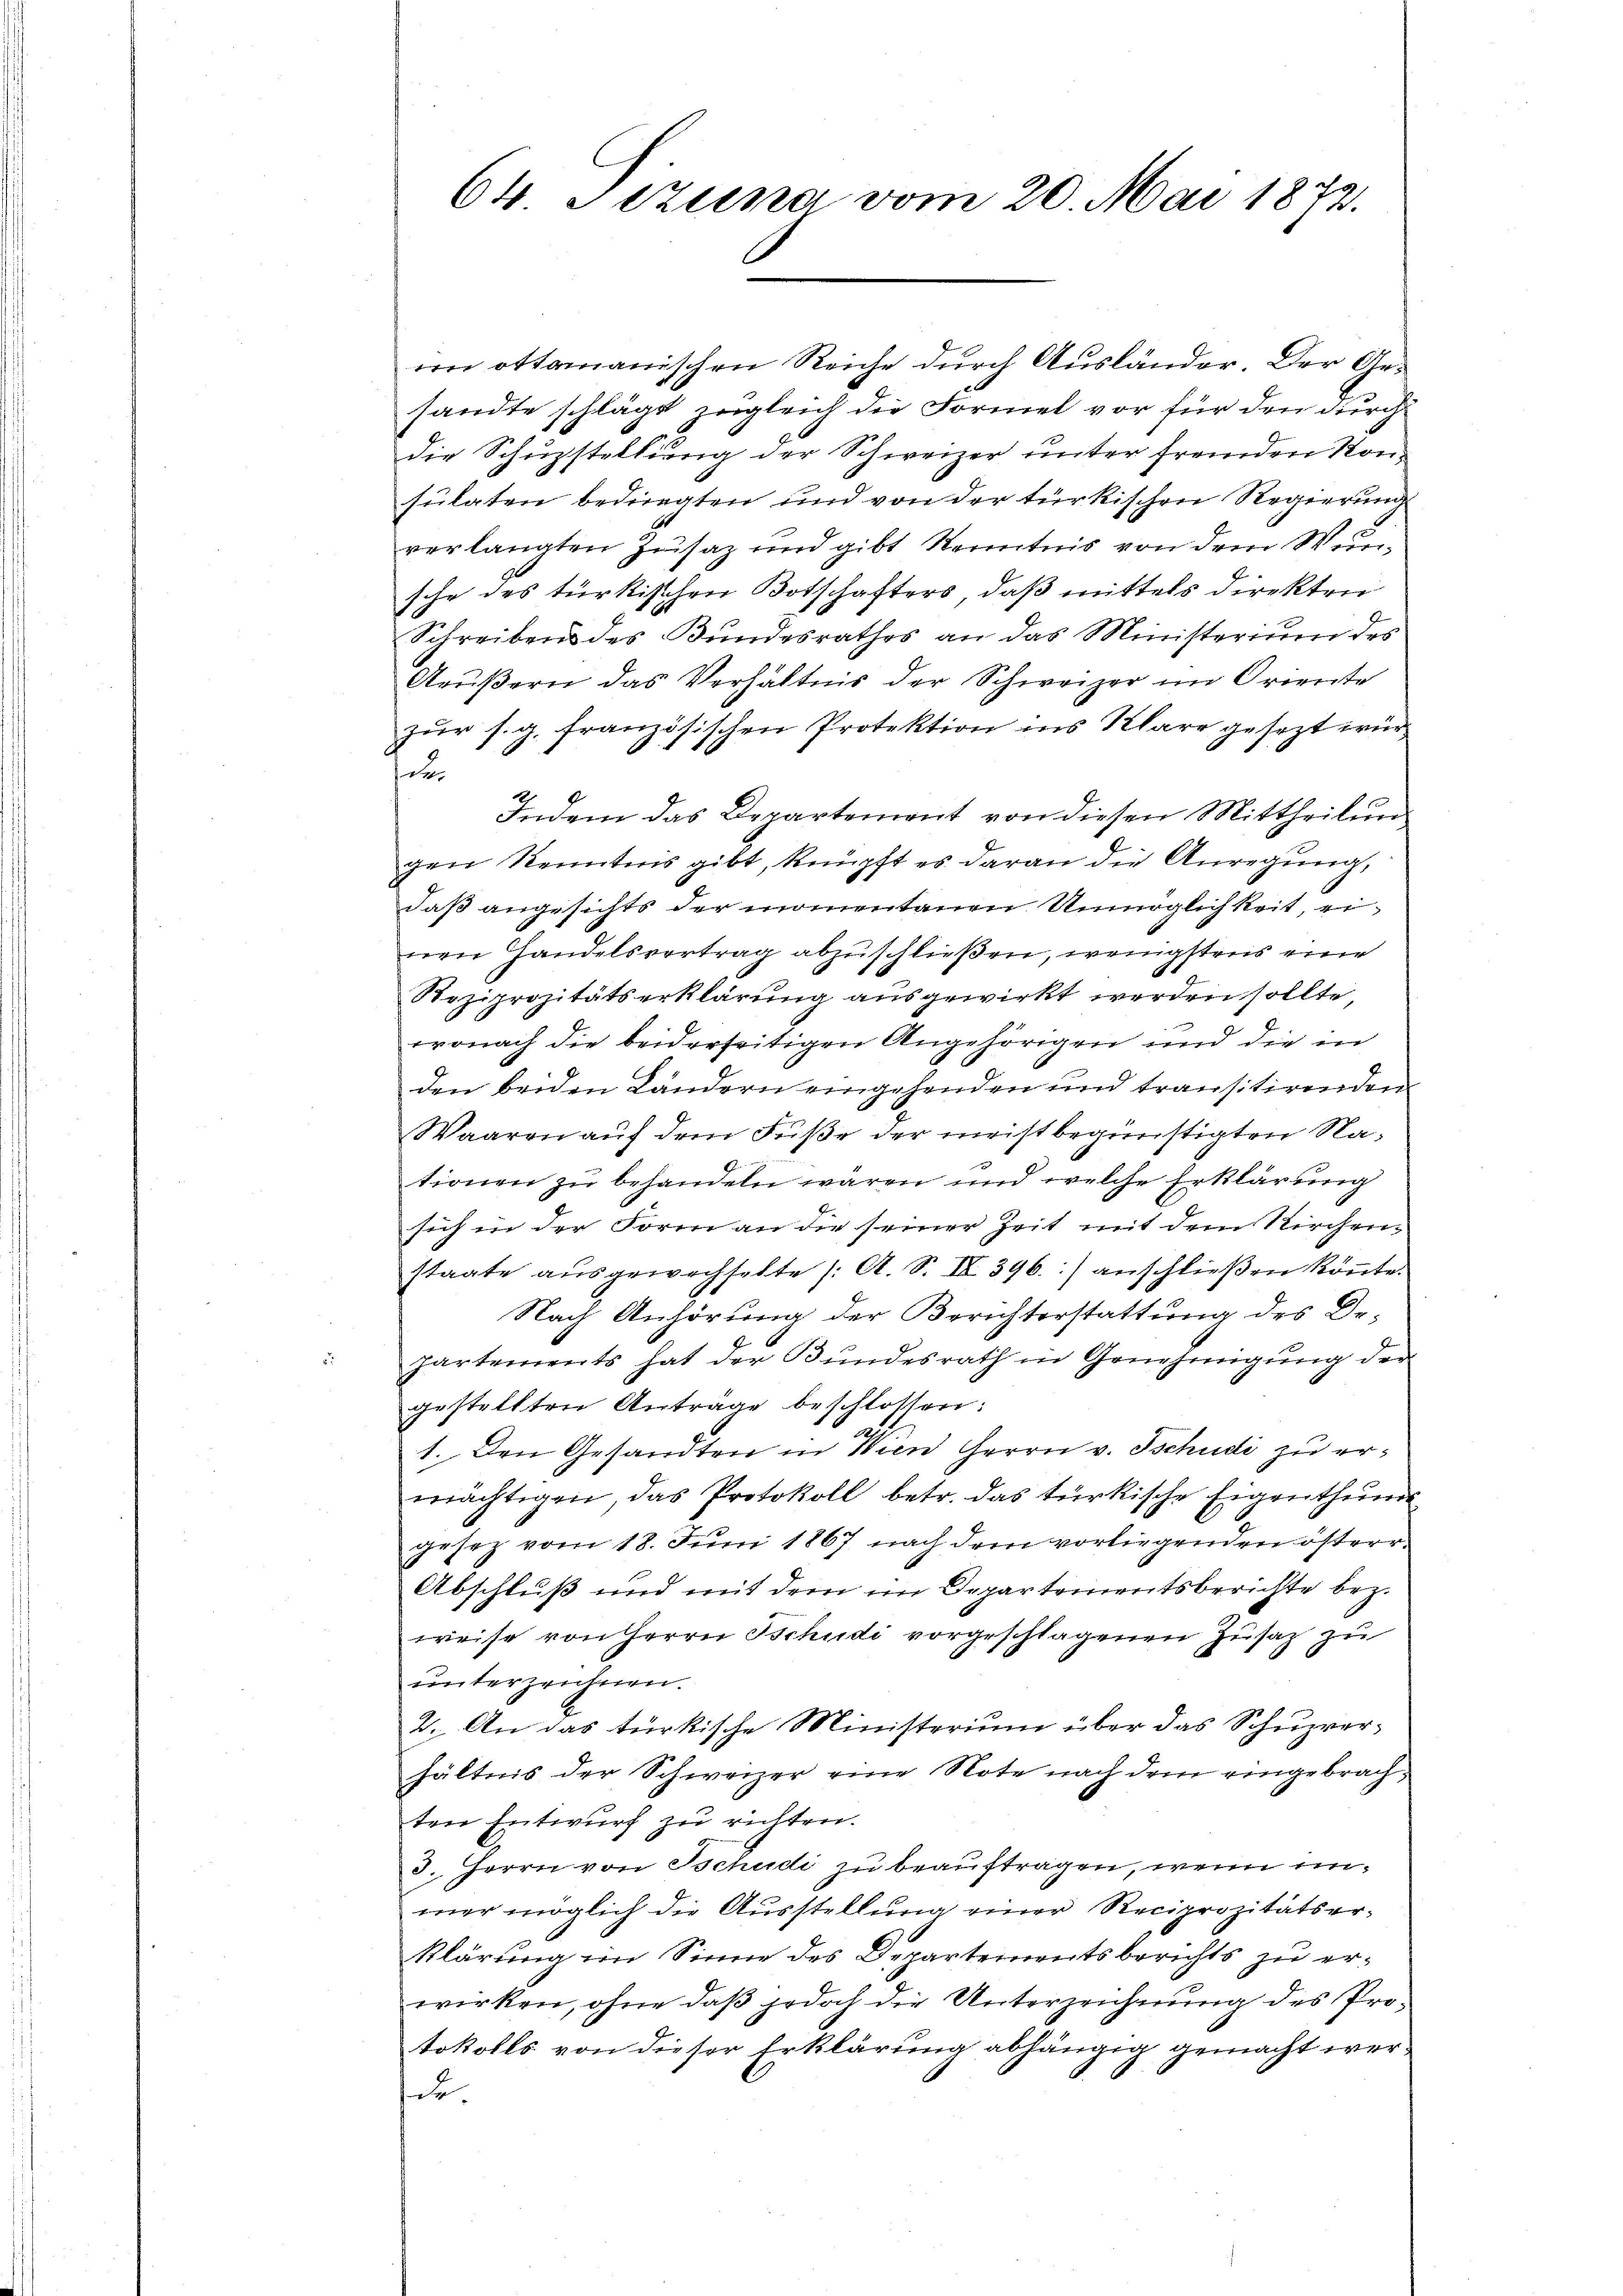
64 Sizung vom 20. Mai 1872.

in ottomanischen Reiche durch Ausländer. Der Gesandte schlägt zugleich die Formel vor für den durch
die Schustellung der Schweizer unter fremden Konsulaten bedingten und von der türkischen Regierung
verlangten Zusatz und gibt Kenntnis von dem Wunsche des türkischen Botschafters, daß mittels direkten
Schreibens des Bŭndesrathes an das Ministerium des
Arŭβern das Verhältnis der Schweizer im Oriente
zur s. g. französischen Protektion ins Klare gesezt wür
e
Indem das Departement von diesen Mittheilŭn
gen Kenntnis gibt, knüpft es daran die Anregung,
daß angesichts der momentanen Unmöglichkeit, einen Handelsvertrag abzuschließen, wenigstens eine
Reziprozitätserklärung ausgewirkt werden sollte
wonach die beiderseitigen Angehörigen und die in
den beiden Ländern eingehenden und transitirenden
Waaren auf dem Fuße der meist begünstigten Nationen zu behandeln wären und welche Erklärung
sich in der Form an die seiner Zeit mit dem Kirchenstaate ausgewechselte (: A. S. II 396) anschließen könnte.
Nach Anhörung der Berichterstattung des De-
partements hat der Bŭndesrath in Genehmigŭng der
gestellten Antrage beschlossen:
1. Den Gesandten in Wien Herrn v. Tschudi zu ermächtigen, das Protokoll betr. das türkische Eigenthum
gesez vom 18. Juni 1867 nach dem vorliegenden österr.
Abschluß und mit dem im Departementsberichte bez.
weise von Herrn Tschudi vorgeschlagenen Zusatz zu
unterzeichnen.
2. An das türkische Ministerium über das Schurerhältnis der Schweizer eine Note nach dem eingebrachten Entwurf zu richten.
3. Herrn von Tschudi zu beauftragen, wenn unmer möglich die Ausstellung einer Reciprozitätserklärung im Sinne des Departementsberichts zu erwirken, ohne daß jedoch die Unterzeichnung des Protokolls von dieser Erklärung abhängig gemacht werde.